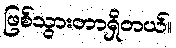
ဖြစ်သွားတာရှိတယ်။